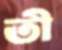
তী